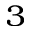
_ 3